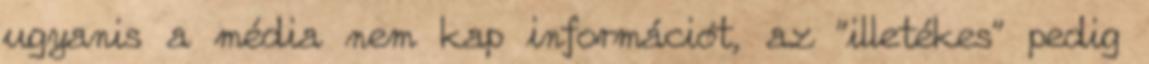
ugyanis a média nem kap információt, az "illetékes" pedig